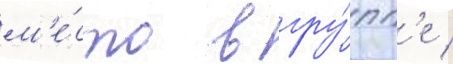
м'е́сто в гру́пп'е /